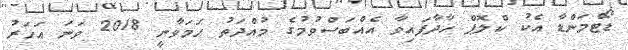
ޑޯޓްމަންޑާ އެކު ކްލޮޕް ހާދާފައިވާ އެއްބަސްވުމުގެ މުއްދަތު ހަމަވާނީ 2018 ވަނަ އަހަރު